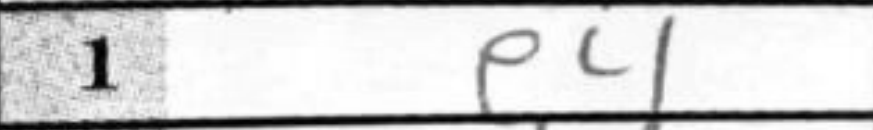
Transcription: e4